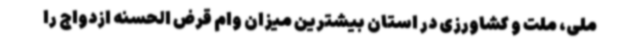
ملی، ملت و کشاورزی در استان بیشترین میزان وام قرض الحسنه ازدواج را